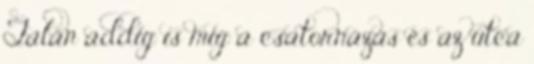
Talán addig is mig a csatornázás és az utca